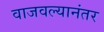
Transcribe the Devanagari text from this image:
वाजवल्यानंतर